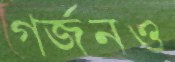
গর্জনও